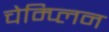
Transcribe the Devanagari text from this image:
चेम्प्लिन